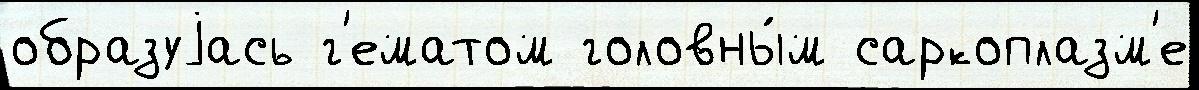
образуjась г'ематом головны́м саркоплазм'е